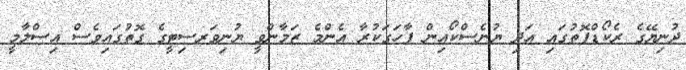
ދުނިޔޭގެ ރެކޯޑްފޮތުގައި އަދި ޔުނެސްކޯއިން ފާހަގަކުރާ އެންމެ ޒަމާންވީ ޔުނިވަރސިޓީގެ ގޮތުގައިވެސް އިސްލާމީ